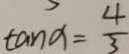
\tan a = \frac { 4 } { 3 }